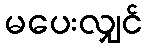
မပေးလျှင်